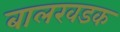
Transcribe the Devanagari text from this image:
बालखडक